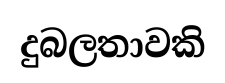
දුබලතාවකි